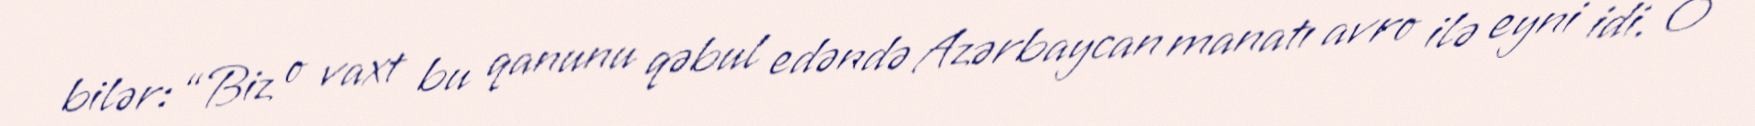
bilər: “Biz o vaxt bu qanunu qəbul edəndə Azərbaycan manatı avro ilə eyni idi. O